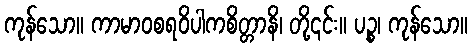
ကုန်သော။ ကာမာဝစရဝိပါကစိတ္တာနိ၊ တို့၎င်း။ ပဉ္စ၊ ကုန်သော။